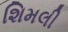
શિમલી